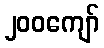
၂၀၀ကျော်